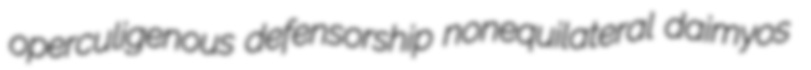
operculigenous defensorship nonequilateral daimyos